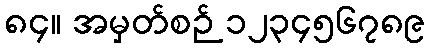
၈၄။ အမှတ်စဉ် ၁၂၃၄၅၆၇၈၉